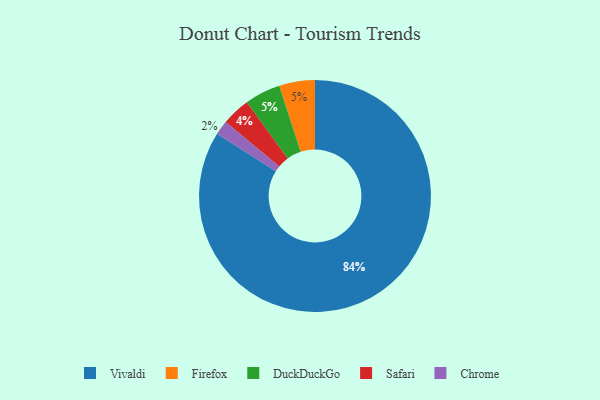
{"axis": {"x": "Category", "y": "Percentage"}, "legend": ["Chrome", "DuckDuckGo", "Firefox", "Safari", "Vivaldi"], "data": [{"x": "Chrome", "y": 2, "type": "Chrome"}, {"x": "Firefox", "y": 5, "type": "Firefox"}, {"x": "Vivaldi", "y": 84, "type": "Vivaldi"}, {"x": "Safari", "y": 4, "type": "Safari"}, {"x": "DuckDuckGo", "y": 5, "type": "DuckDuckGo"}]}